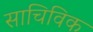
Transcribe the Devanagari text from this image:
साचिविक